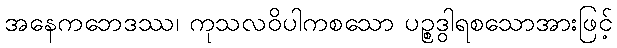
အနေကဘေဒဿ၊ ကုသလဝိပါကစသော ပဉ္စဒွါရစသောအားဖြင့်